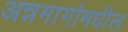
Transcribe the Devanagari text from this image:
अन्नमार्गामधील